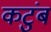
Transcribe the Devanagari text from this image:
कटुंब